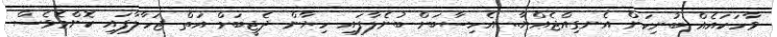
ވާހަކައެއް ބުނިކަން އެނގިއްޖެއްޔާ.. އެހިސާބަށް ބުނެލާފައި ހިޔާން ދެޖީބަށް އަތް ޖަހާލާފައި ކޮންމެވެސް